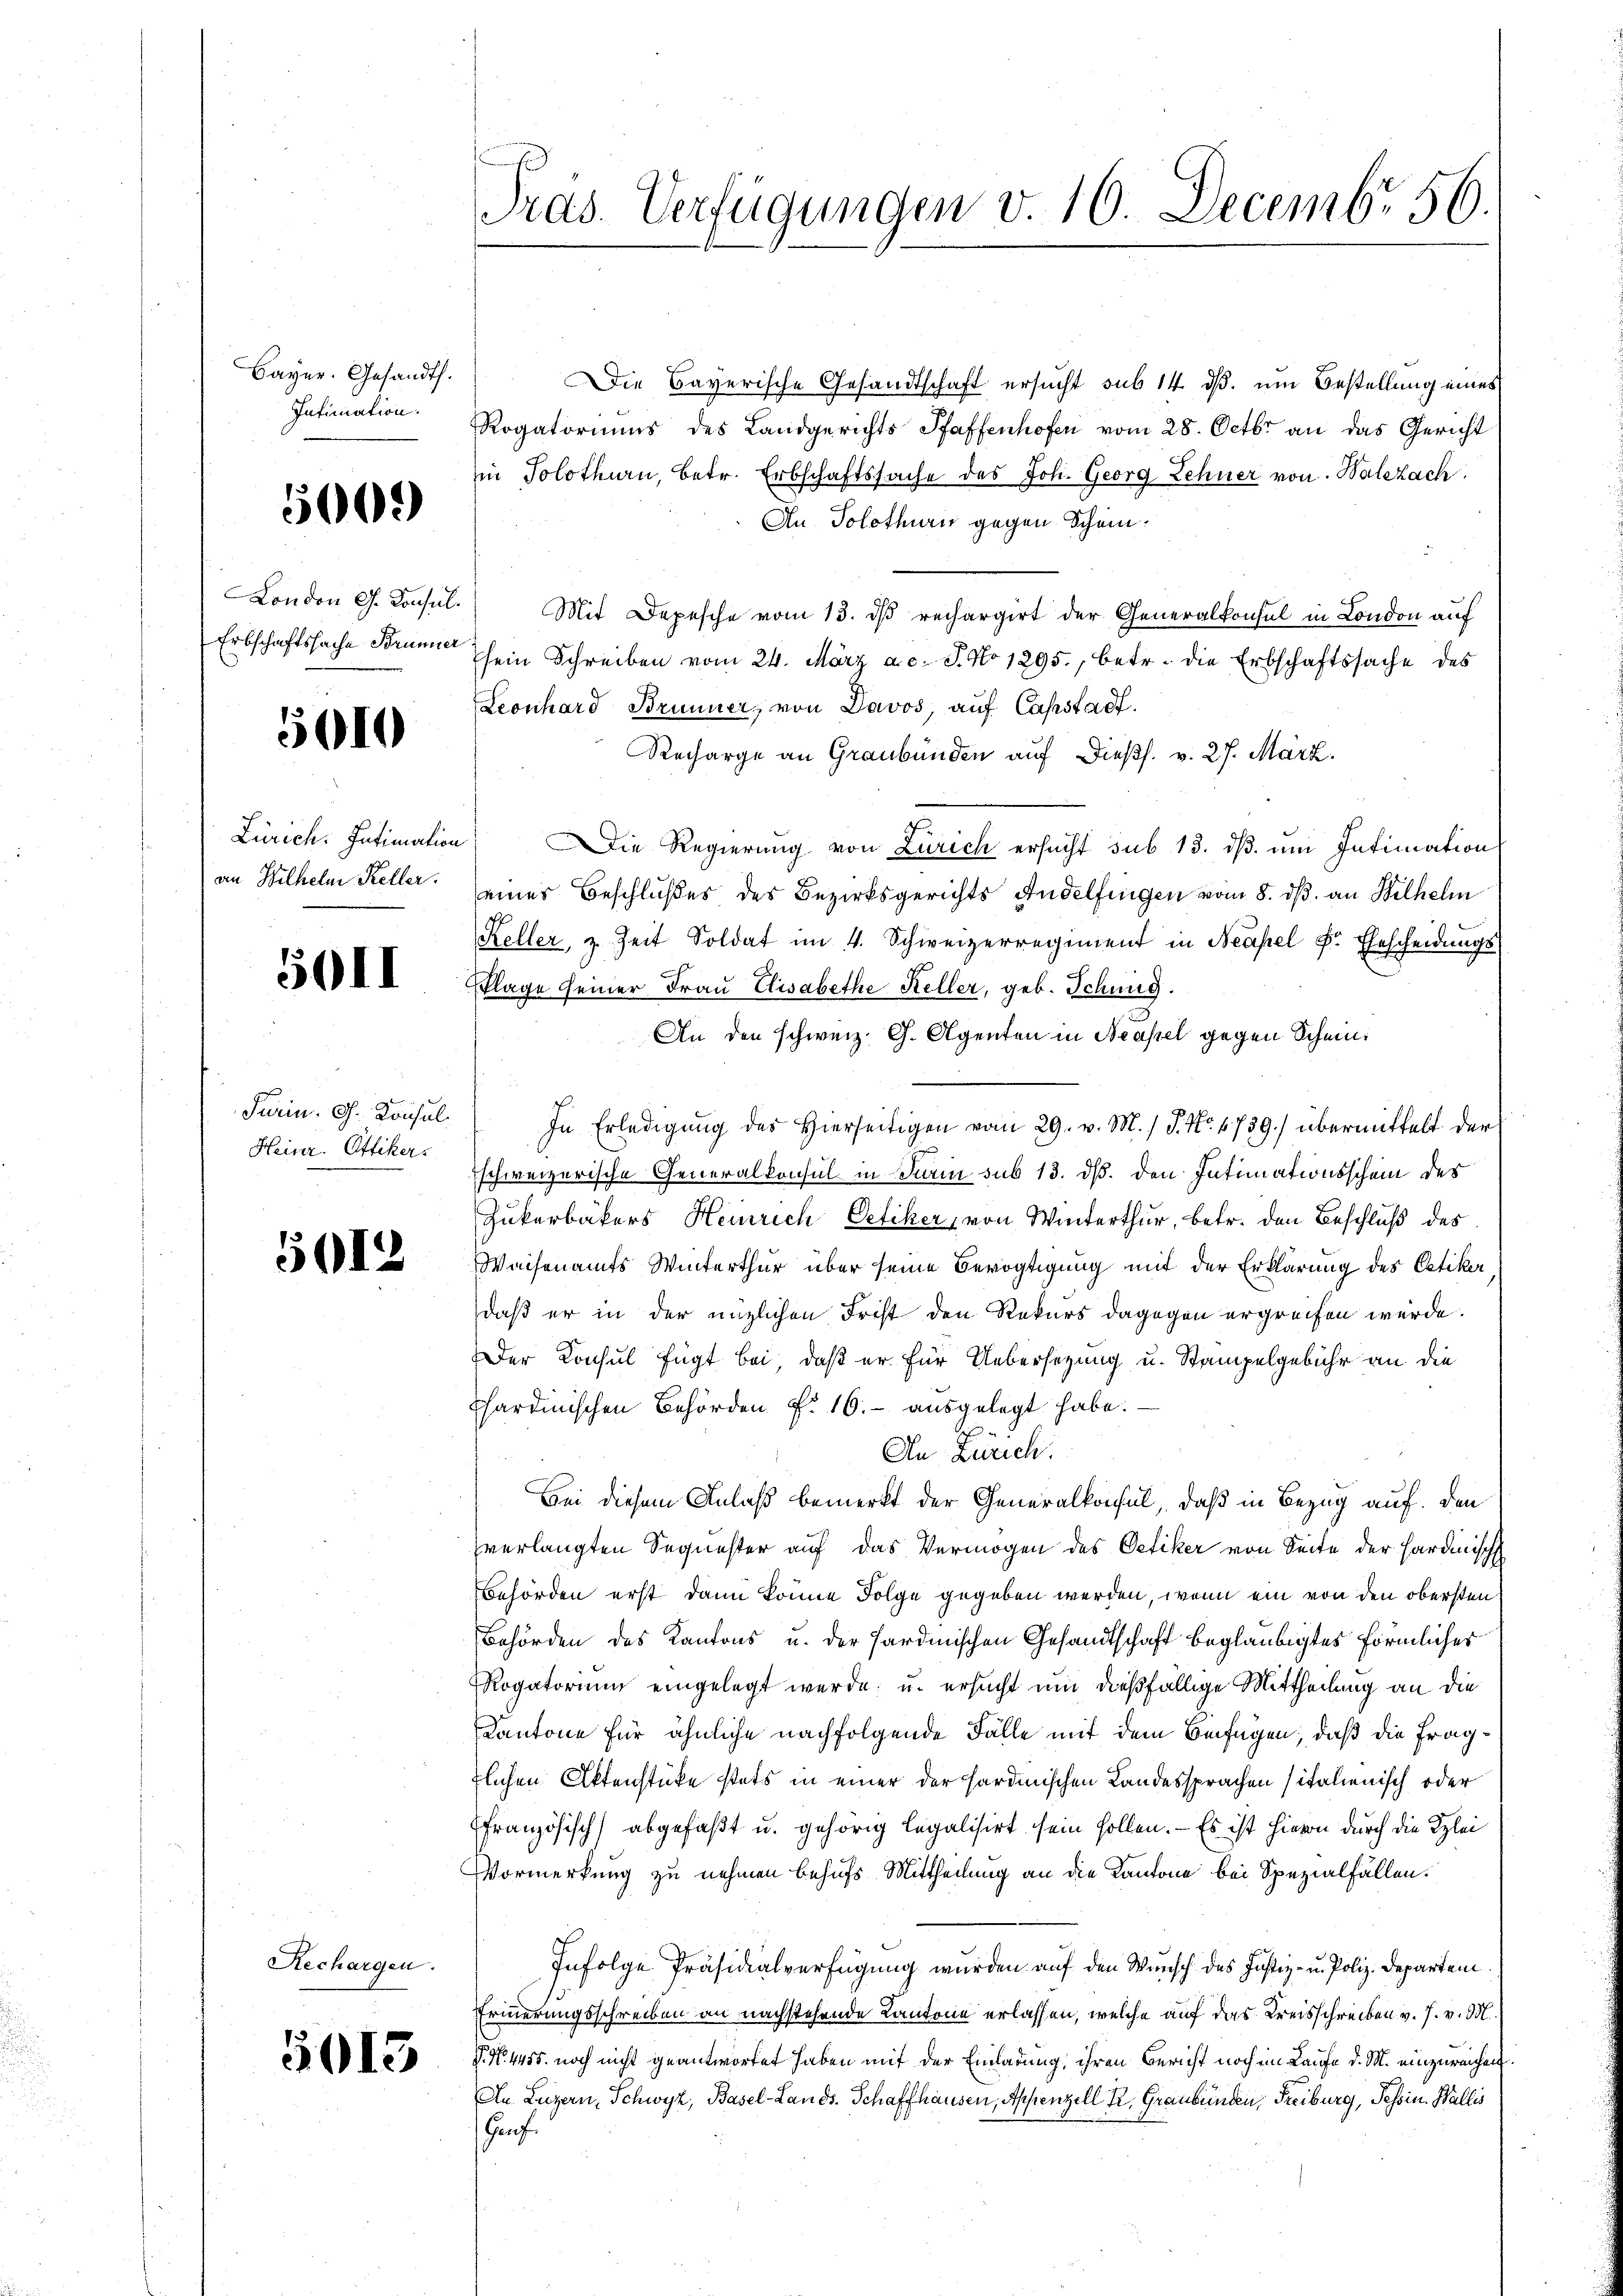
Bayer. Gesandt.
Intimation.

5000

Erbschaftssache Brunner

5010

Zürich. Intimation
an Wilhelm Keller.

50II

Turin. G. Konsul
Heinr. Ottiker.

5612

Rechargen.

015

Tras. Verfügungen v. 10. Decembr 56.

Die Bayerische Gesandtschaft ersucht sub 14 dß. um Bestellung eines
Rogatoriums des Landgerichts Pfaffenhofen vom 28. Octbr. an das Gericht
in Solothurn, betr. Erbschaftssache des Joh. Georg Lehner von Walezach.
An Solothurn gegen Schein.
London G. Consil. Mit Depesche vom 13. dβ rechargirt der Generalkonsul in London auf
sein Schreiben vom 24. März a. c. J. No 1295, betr. die Erbschaftssache des
Leonhard Brunner, von Davos, auf Cassstadt.
Recharge an Graubünden auf dießs. v. 27. März.
Die Regierung von Zürich ersucht sub 15. dβ. um Intimation
seines Beschlußes des Bezirksgerichts Andelfingen vom 8. ds. an Wilhelm
Keller, z. Zeit Soldat im 4. Schweizerregiment in Neapel Fr. Ehescheidungs
Pklage seiner Frau Elisabethe Keller, geb. Sitzung
An den schweiz. Ch. Agenten in Neapel gegen Schein
In Erledigung des Hierseitigen vom 29. v. M. 1 S. Nr. 6739) übermittelt der
schweizerische Generalkonsul in Sein sub 13. ds. den Intimationsschein der
Zukerbäkers Heinrich Oetiker, von Winterthur, betr. den Beschluß des
Waisenamts Winterthur über seine Bevogtigung mit der Erklärung des Oetiker
daß er in der nüzlichen Frist den Rekurs dagegen ergreifen würde.
Der Konsul fügt bei, daß er für Uebersezung u. Stampelgebühr an die
chardinischen Behörden §. 16. ausgelegt habe.
An Zürich.
Bei diesem Anlaß bemerkt der Generalkonsul, daß in Bezug auf. Den
sverlangten Sequester auf das Vermögen des Oetiker von Seite der Hardinisch
Behörden erst dann könne Folge gegeben werden, wenn ein von den obersten
Behörden des Kantons u. der Sardinischen Gesandtschaft beglaubigtes förmliches
Rogatorium eingelegt werde, u. ersucht um dießfällige Mittheilung an die
Kantone für ähnliche nachfolgende Fälle mit dem Beifügen, daß die fragflichen Aktenstücke stets in einer der sardinischen Landessprachen sitalienisch oder
französisch abgefaßt u. gehörig legalisirt sein sollen. — Es ist hievon durch die Klei¬
Vormerkung zu nehmen behufs Mittheilung an die Kantone bei Spezialfällen.
Infolge Präsidialverfügung wurden auf den Wunsch des Justiz- u. Poliz. Departem
Erinnerungsschreiben an nachstehende Kantone erlassen, welche auf das Kreisschreiben v. J. v. M.
V. N. 4455. noch nicht geantwortet haben mit der Einladung, ihren Bericht noch im Laufe d. M. einzureichen.
An Luzern, Schwyz, Basel-Lands- Schaffhausen, Appenzell Kr. Graubünden, Freiburg, Tessin. Wallis
Garf.